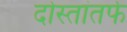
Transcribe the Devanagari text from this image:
दोस्तांतर्फे